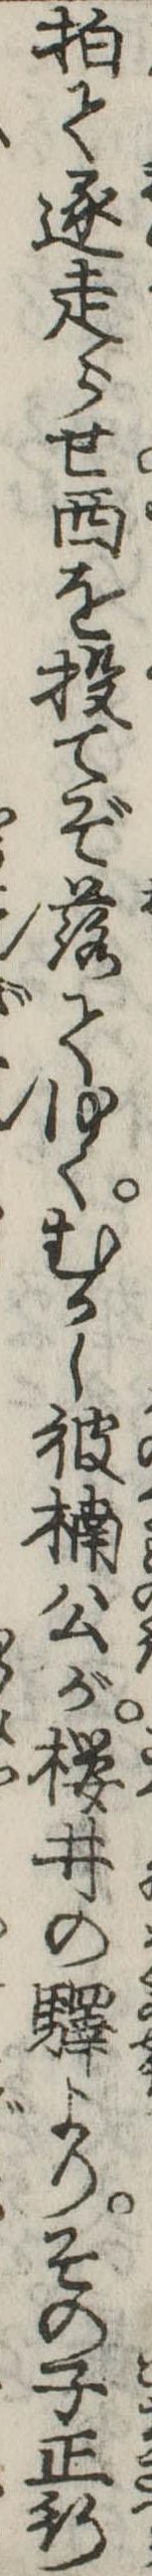
拍て逐走らせ西を投てぞ落てゆくむかし彼楠公が桜井の駅よりその子正行